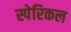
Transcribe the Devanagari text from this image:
स्पेरिकल